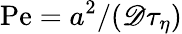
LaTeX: \mathrm{Pe}=a^{2}/(\mathscr{D}\tau_{\eta})